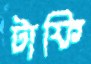
টাফি